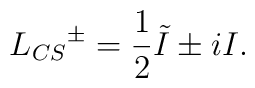
L_{CS}{^{\pm }}={\frac{1}{2}}\tilde{I}\pm iI.